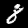
Label: 8